Indian journal of veterinary science and animal husbandry - Volume 13,
Year: 1943
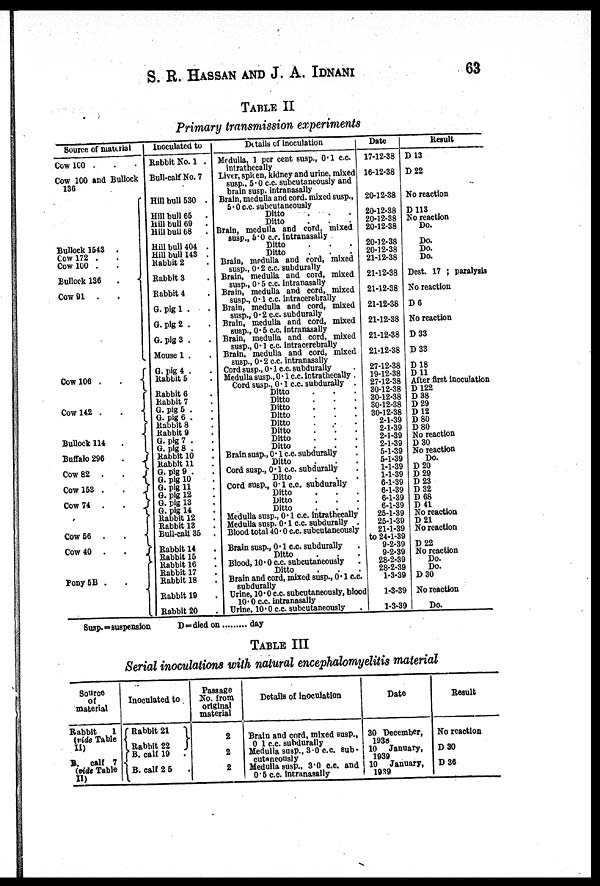
S. R. HASSAN AND J. A. IDNANI 63
TABLE II
Primary transmission experiments
Source of maurial
Cow 100 . . .
Cow 100 and Bullock
136
Bullock 1543 .
Cow 172 . .
Cow 100 . .
Bullock 136 .
Cow 91 . .
Cow 106 . . {
Cow 142 .
.
{
Bullock 114 .
Buffalo 296 .
Cow 82 . .
Cow 153 .
.
Cow 74
.
.
Cow 56 . .
Cow 40
.
.
Pony 5B .
Inoculated to
Rabbit No. 1 .
Bull-calf No. 7
Hill bull 530 .
Hill bull 65
.
Hill bull 69
.
Hill bull 68 .
Hill bull 404 .
Hill bull 143 .
Rabbit 2 .
Rabbit 3.
Rabbit 4 . .
G. pig l . .
G. pig 2 . .
G. pig 3 .
Mouse 1 .
G. pig 4 .
Rabbit 5 .
Rabbit 6 .
Kabbit 7 .
G. pig 5 .
G. pig 6 .
Rabbit 8 .
Rabbit 9
G. pig 7 .
G. pig 8 .
Rabbit 10 .
Rabbit 11 .
G. pig 9 .
G. pig 10 .
G. pig 11 .
G. pig 12 .
G. pig 13 .
G. pig 14 .
Rabbit 12 .
Rabbit 13 .
Bull-call 35 .
Rabbit 14 .
Rabbit 15 .
Rabbit 16 .
Rabbit 17 .
Rabbit 18 .
Rabbit 19 .
Rabbit 20 .
Details of inoculation
Medulla, 1 per cent susp., 0.1 c.c
intrathecally
Liver, splcen, kidney and urine, mixed
susp., 5.0 c.c. subcutaneously and
brain susp.intranasally
Brain, medulla and cord. mixed susp.,
5.0 c.c. subcutaneously
Ditto . . .
Ditto . . .
Brain, medulla and cord, mixed
susp., 5.0 c.c. intranasally
Ditto . . .
Ditto . . .
Brain, medulla and cord, mixed
susp., 0.2 c.c. subdurally
Brain, medulla and cord, mixed
susp., 0.5 c.c. intranasally
Brain, medulla and cord, mixed
susp., 0.1 c.c. intracerebrally
Brain, medulla and cord, mixed
susp., 0.2 c.c. subdurally
Brain, medulla and cord, mixed
susp., 0.5 c.c. intranasally
Brain, medulla and cord, mixed
susp., 0.1 c.c. intracerebrally
Brain, medulla and cord, mixed
susp., 0.2 c.c. intranasally
Cord susp., 0. 1 c.c. subdurally .
Medulla susp., 0 . 1 c.c intrathecally .
Cord susp., 0. 1 c.c. subdurally .
Ditto . . .
Ditto . . .
Ditto . . .
Ditto . . .
Ditto . . .
Ditto . . .
Ditto . . .
Ditto . . .
Brain susp., 0.1 c.c subdurally .
Ditto . .
Cord susp., 0.1 c.c subdurally .
Ditto . . .
Cord susp., 01 c.c. subdurally
Ditto . . .
Ditto . . .
Ditto . . .
Medulla susp., 0.1 c.c intrathecally
Medulla susp. 0.1 c.c. subdurally .
Blood total 40.0 c.c. subcutaneously
Brain susp., 0.1 c.c. subdurally .
Ditto . . .
Blood, 10.0 c.c subcutaneously .
Ditto . . .
Brain and cord, mixed susp., 0.1 c.c.
subdurally
Urine, 10.0 c.c. subcutaneously, blood
10.0 c.c. intranasally
Urine, 10.0 c.c subcutaneously
Date
17-12-38
16-12-38
20-12-38
20-12-38
20-12-38
20-12-38
20-12-38
20-12-38
21-12-38
21-12-38
21-12-38
21-12-38
21-12-38
21-12-38
21-12-38
27-12-38
19-12-38
27-12-38
30-12-38
30-12-38
30-12-38
30-12-38
2-1-39
2-1-39
2-1-39
2-1-39
5-1-39
5-1-39
1-1-39
1-1-39
6-1-39
6-1-39
6-1-39
6-1-39
25-1-39
25-1-39
21-1-39
to 24-1-39
9-2-39
9-2-39
28-2-39
28-2-39
1-3-39
1-3-39
1-3-39
Result
D 13
D 22
No reaction
D 113
No reaction
Do.
Do.
Do.
Do.
Dest. 17 ; paralysis
No reaction
D 6
No reaction
D 33
D 33
D 18
D 11
After first inoculation
D 122
D 38
D 29
D 12
D 80
D 80
No reaction
D 30
No reaction
Do.
D 20
D 29
D 23
D 32
D 68
D 41
No reaction
D 21
No reaction
D 22
No reaction
Do.
Do.
D 30
No reaction
Do.
Susp. = suspension
D=died on
day
TABLE III
Serial inoculations with natural encephalomyelitis material
Source
of
material
Rabbit
1
(vide Table
II)
B. calf 7
(vide Table
II)
Inoculated to
Rabbit 21
Rabbit 22
B. calf 19
.
B. calf 25 .
Passage
No. from
original
material
2
2
2
Details of inoculation
Brain and cord, mixed susp.,
0 1 c.c. subdurally
Medulla susp., 3.0 c.c. sub-
cutaneousiy
Medulla susp., 3.0 c.c. and
0.5 c.c. intranasally
Date
30 December,
1038
10
January,
1939
10
January,
1939
Result
No reaction
D 30
D 36